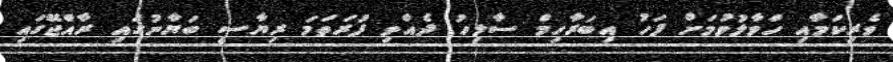
ވެރިކަމާއި ހަވާލުވުމަށް ފަހު އިބަރާހިމް ސާލިހު ދެއްވި ފުރަތަމަ ރިޔާސީ ބަޔާނުގައި ރާއްޖޭގައި